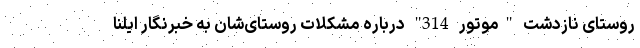
روستای نازدشت "موتور 314" درباره مشکلات روستای‌شان به خبرنگار ایلنا